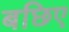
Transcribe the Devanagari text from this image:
बछिए